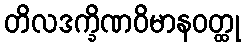
တိလဒက္ခိဏဝိမာနဝတ္ထု